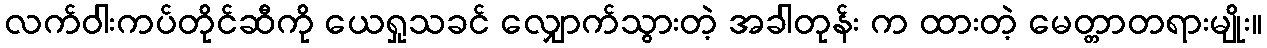
လက်ဝါးကပ်တိုင်ဆီကို ယေရှုသခင် လျှောက်သွားတဲ့ အခါတုန်း က ထားတဲ့ မေတ္တာတရားမျိုး။